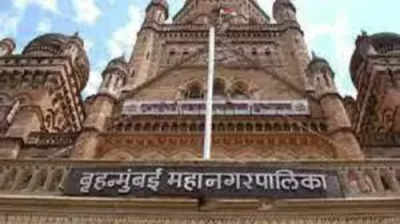
Language: marathi
Transcription: बृहन्मुंबई महानगरपालिका